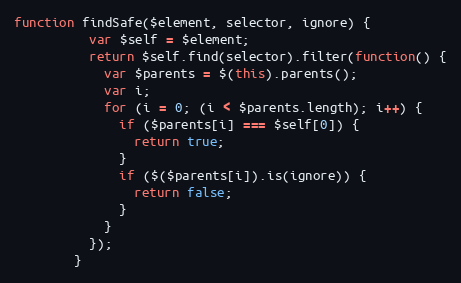
Language: JavaScript
function findSafe($element, selector, ignore) {
          var $self = $element;
          return $self.find(selector).filter(function() {
            var $parents = $(this).parents();
            var i;
            for (i = 0; (i < $parents.length); i++) {
              if ($parents[i] === $self[0]) {
                return true;
              }
              if ($($parents[i]).is(ignore)) {
                return false;
              }
            }
          });
        }